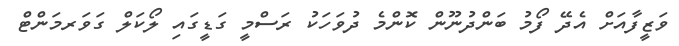
ވަޒީފާއަށް އެދޭ ފޯމު ބަންދުނޫން ކޮންމެ ދުވަހަކު ރަސްމީ ގަޑީގައި ލޯކަލް ގަވަރމަންޓް